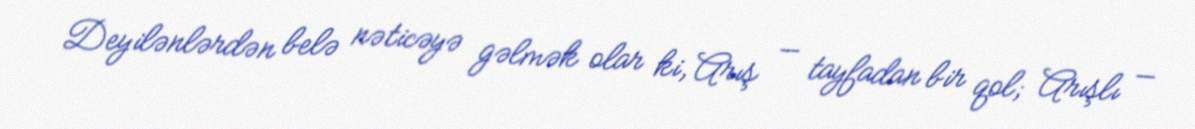
Deyilənlərdən belə nəticəyə gəlmək olar ki, Arış — tayfadan bir qol; Arışlı —